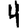
Digit: 4